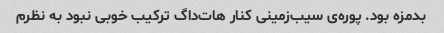
بدمزه بود. پوره‌ی سیب‌زمینی کنار هات‌داگ ترکیب خوبی نبود به نظرم